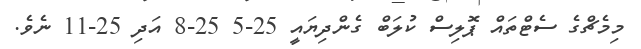
މިމެޗްގެ ސެޓްތައް ޕޮލިސް ކުލަބް ގެންދިޔައީ 25-5 25-8 އަދި 25-11 ނެވެ.